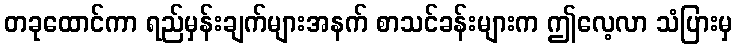
တခုထောင်ကာ ရည်မှန်းချက်များအနက် စာသင်ခန်းများက ဤလေ့လာ သံပြားမှ